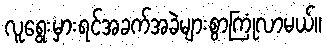
လူရွေးမှားရင်အခက်အခဲများစွာကြုံလာမယ်။